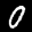
Label: 0